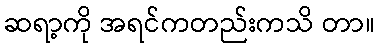
ဆရာ့ကို အရင်ကတည်းကသိ တာ။